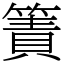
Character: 簀